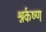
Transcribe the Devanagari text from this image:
श्नर्कष्ण